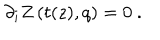
\partial _ { i } Z \left( t ( z ) , q \right) = 0 \ .